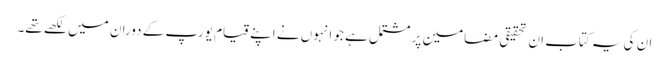
ان کی یہ کتاب ان تحقیقی مضامین پر مشتمل ہے جو انہوں نے اپنے قیام یورپ کے دوران میں لکھے تھے۔